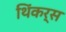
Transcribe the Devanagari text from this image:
थिंकर्स